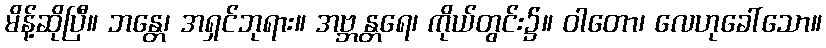
မိန့်ဆိုပြီ။ ဘန္တေ၊ အရှင်ဘုရား။ အဗ္ဘန္တရေ၊ ကိုယ်တွင်း၌။ ဝါတော၊ လေဟုခေါ်သော။